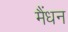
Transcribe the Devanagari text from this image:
मैंधन